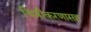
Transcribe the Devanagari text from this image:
चित्रीकरणासह